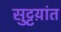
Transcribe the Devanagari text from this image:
सुट्टय़ांत